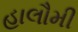
હાલૌમી